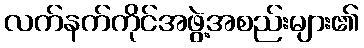
လက်နက်ကိုင်အဖွဲ့အစည်းများ၏